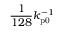
\frac { 1 } { 1 2 8 } k _ { \mathrm { p 0 } } ^ { - 1 }